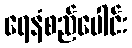
ရေနံစည်ပေါင်း